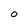
Character: 0